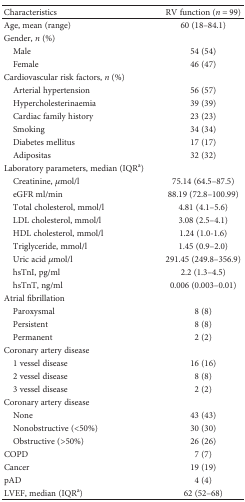
<table><thead><tr><td><b>Characteristics</b></td><td><b>RV function (<i>n</i> = 99)</b></td></tr></thead><tbody><tr><td>Age, mean (range)</td><td>60 (18–84.1)</td></tr><tr><td colspan="2">Gender, <i>n</i> (%)</td></tr><tr><td> Male</td><td>54 (54)</td></tr><tr><td> Female</td><td>46 (47)</td></tr><tr><td colspan="2">Cardiovascular risk factors, <i>n</i> (%)</td></tr><tr><td> Arterial hypertension</td><td>56 (57)</td></tr><tr><td> Hypercholesterinaemia</td><td>39 (39)</td></tr><tr><td> Cardiac family history</td><td>23 (23)</td></tr><tr><td> Smoking</td><td>34 (34)</td></tr><tr><td> Diabetes mellitus</td><td>17 (17)</td></tr><tr><td> Adipositas</td><td>32 (32)</td></tr><tr><td colspan="2">Laboratory parameters, median (IQR<sup>a</sup>)</td></tr><tr><td> Creatinine, <i>μ</i>mol/l</td><td>75.14 (64.5–87.5)</td></tr><tr><td> eGFR ml/min</td><td>88.19 (72.8–100.99)</td></tr><tr><td> Total cholesterol, mmol/l</td><td>4.81 (4.1–5.6)</td></tr><tr><td> LDL cholesterol, mmol/l</td><td>3.08 (2.5–4.1)</td></tr><tr><td> HDL cholesterol, mmol/l</td><td>1.24 (1.0-1.6)</td></tr><tr><td> Triglyceride, mmol/l</td><td>1.45 (0.9–2.0)</td></tr><tr><td> Uric acid <i>μ</i>mol/l</td><td>291.45 (249.8–356.9)</td></tr><tr><td> hsTnI, pg/ml</td><td>2.2 (1.3–4.5)</td></tr><tr><td> hsTnT, ng/ml</td><td>0.006 (0.003–0.01)</td></tr><tr><td colspan="2">Atrial fibrillation</td></tr><tr><td> Paroxysmal</td><td>8 (8)</td></tr><tr><td> Persistent</td><td>8 (8)</td></tr><tr><td> Permanent</td><td>2 (2)</td></tr><tr><td colspan="2">Coronary artery disease</td></tr><tr><td> 1 vessel disease</td><td>16 (16)</td></tr><tr><td> 2 vessel disease</td><td>8 (8)</td></tr><tr><td> 3 vessel disease</td><td>2 (2)</td></tr><tr><td colspan="2">Coronary artery disease</td></tr><tr><td> None</td><td>43 (43)</td></tr><tr><td> Nonobstructive (&lt;50%)</td><td>30 (30)</td></tr><tr><td> Obstructive (&gt;50%)</td><td>26 (26)</td></tr><tr><td>COPD</td><td>7 (7)</td></tr><tr><td>Cancer</td><td>19 (19)</td></tr><tr><td>pAD</td><td>4 (4)</td></tr><tr><td>LVEF, median (IQR<sup>a</sup>)</td><td>62 (52–68)</td></tr></tbody></table>